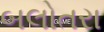
બલોતરા